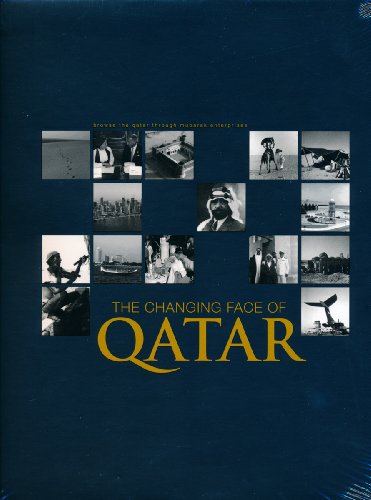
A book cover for Changing Face Of Qatar; Rahman; History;